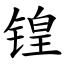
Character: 锽